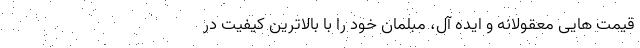
قیمت هایی معقولانه و ایده آل، مبلمان خود را با بالاترین کیفیت در